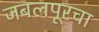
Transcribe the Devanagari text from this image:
जबलपूरचा